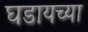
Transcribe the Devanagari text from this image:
घडायच्या